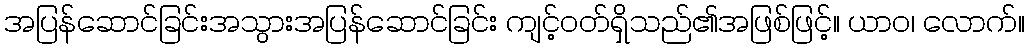
အပြန်ဆောင်ခြင်းအသွားအပြန်ဆောင်ခြင်း ကျင့်ဝတ်ရှိသည်၏အဖြစ်ဖြင့်။ ယာဝ၊ လောက်။